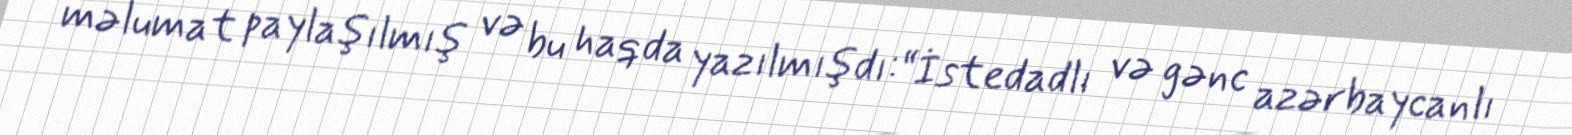
məlumat paylaşılmış və bu haqda yazılmışdı:“İstedadlı və gənc azərbaycanlı